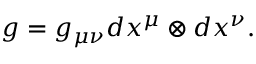
g = g _ { \mu \nu } d x ^ { \mu } \otimes d x ^ { \nu } .